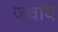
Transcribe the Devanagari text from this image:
ज्वॉय